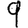
Digit: 9